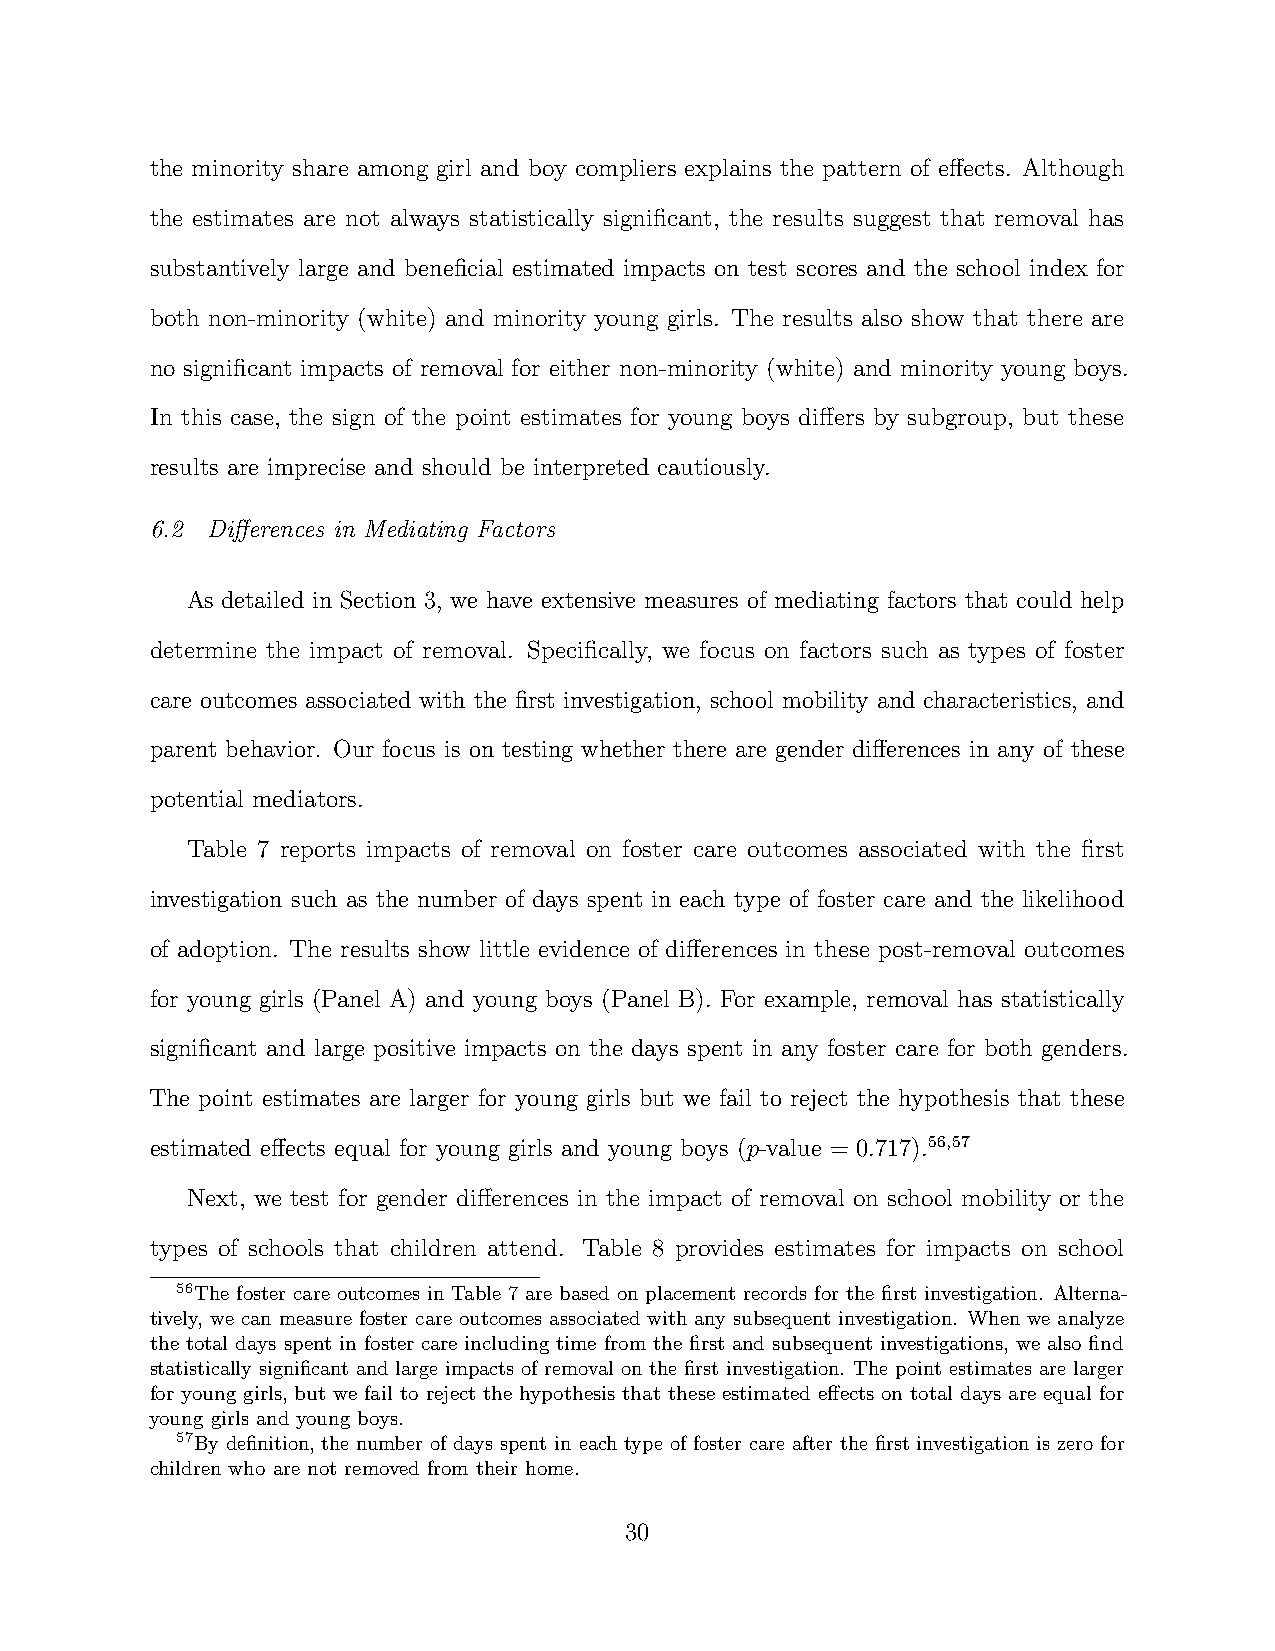
the minority share among girl and boy compliers explains the pattern of effects. Although
 the estimates are not always statistically significant, the results suggest that removal has
 substantively large and beneficial estimated impacts on test scores and the school index for
 both non-minority (white) and minority young girls. The results also show that there are
 no significant impacts of removal for either non-minority (white) and minority young boys.
 In this case, the sign of the point estimates for young boys differs by subgroup, but these
 results are imprecise and should be interpreted cautiously.
 6.2 Differences in Mediating Factors
 As detailed in Section 3, we have extensive measures of mediating factors that could help
 determine the impact of removal. Specifically, we focus on factors such as types of foster
 care outcomes associated with the first investigation, school mobility and characteristics, and
 parent behavior. Our focus is on testing whether there are gender differences in any of these
 potential mediators.
 Table 7 reports impacts of removal on foster care outcomes associated with the first
 investigation such as the number of days spent in each type of foster care and the likelihood
 of adoption. The results show little evidence of differences in these post-removal outcomes
 for young girls (Panel A) and young boys (Panel B). For example, removal has statistically
 significant and large positive impacts on the days spent in any foster care for both genders.
 The point estimates are larger for young girls but we fail to reject the hypothesis that these
 estimated effects equal for young girls and young boys (p-value = 0.717).56,57
 Next, we test for gender differences in the impact of removal on school mobility or the
 types of schools that children attend. Table 8 provides estimates for impacts on school
 56The foster care outcomes in Table 7 are based on placement records for the first investigation. Alterna-
 tively, we can measure foster care outcomes associated with any subsequent investigation. When we analyze
 the total days spent in foster care including time from the first and subsequent investigations, we also find
 statistically significant and large impacts of removal on the first investigation. The point estimates are larger
 for young girls, but we fail to reject the hypothesis that these estimated effects on total days are equal for
 young girls and young boys.
 57By definition, the number of days spent in each type of foster care after the first investigation is zero for
 children who are not removed from their home.
 30